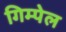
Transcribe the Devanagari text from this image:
गिम्पेल